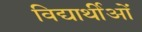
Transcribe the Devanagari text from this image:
विद्यार्थीओं